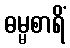
ဓမ္မစာရိံ